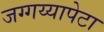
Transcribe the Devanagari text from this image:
जग्गय्यापेटा